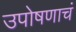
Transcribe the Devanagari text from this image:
उपोषणाचं